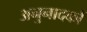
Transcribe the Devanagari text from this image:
अनुनादकों